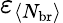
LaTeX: \varepsilon_{\langle N_{\mathrm{br}}\rangle}